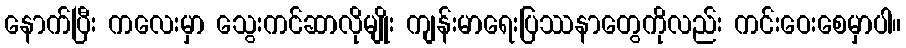
နောက်ပြီး ကလေးမှာ သွေးကင်ဆာလိုမျိုး ကျန်းမာရေးပြဿနာတွေကိုလည်း ကင်းဝေးစေမှာပါ။